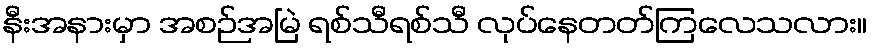
နီးအနားမှာ အစဉ်အမြဲ ရစ်သီရစ်သီ လုပ်နေတတ်ကြလေသလား။